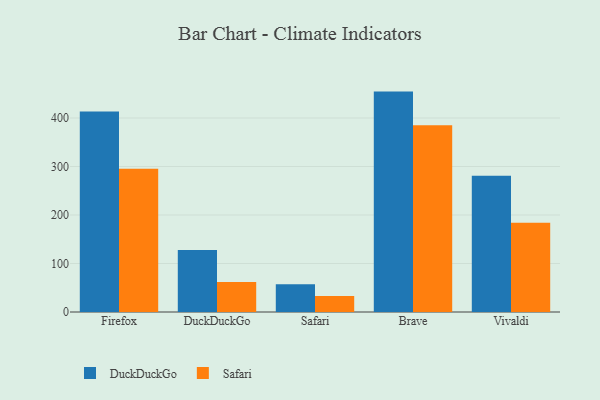
{"axis": {"x": "Browser", "y": "Market Share (%)"}, "legend": ["DuckDuckGo", "Safari"], "data": [{"x": "Firefox", "y": 413.3, "type": "DuckDuckGo"}, {"x": "Firefox", "y": 295.4, "type": "Safari"}, {"x": "DuckDuckGo", "y": 127.9, "type": "DuckDuckGo"}, {"x": "DuckDuckGo", "y": 61.7, "type": "Safari"}, {"x": "Safari", "y": 57.2, "type": "DuckDuckGo"}, {"x": "Safari", "y": 33.1, "type": "Safari"}, {"x": "Brave", "y": 454.4, "type": "DuckDuckGo"}, {"x": "Brave", "y": 385.1, "type": "Safari"}, {"x": "Vivaldi", "y": 281.1, "type": "DuckDuckGo"}, {"x": "Vivaldi", "y": 184.0, "type": "Safari"}]}